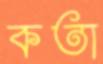
কতা